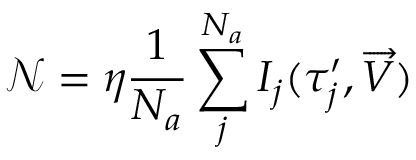
\mathscr { N } = \eta \frac { 1 } { N _ { a } } \sum _ { j } ^ { N _ { a } } I _ { j } ( { \tau } _ { j } ^ { \prime } , \overrightarrow { V } )